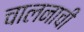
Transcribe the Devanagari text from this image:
चालनाची